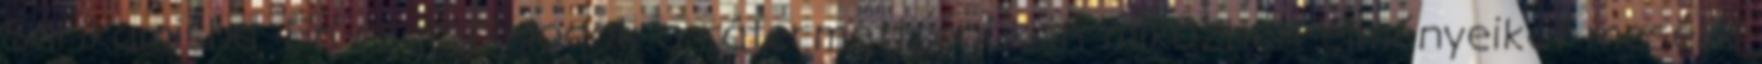
Sarikamisba. Én csak pislogok a rátermettségükön miközben élményeiket mesélik